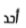
أحد